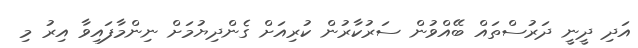
އަދި ދީނީ ދަރުސްތައް ބޭއްވުން ސަރުކާރުން ކުރިއަށް ގެންދިޔުމަށް ނިންމާފައިވާ އިރު މި